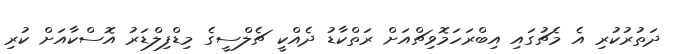
ދަތުރުކުރި އެ މެޗުގައި އިބްރަހަމޮވިޗްއަށް ރަތްކާޑު ދެއްކީ ޗެލްސީގެ މިޑްފިލްޑަރު އޮސްކާއަށް ކުރި